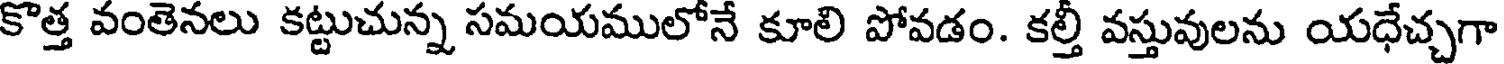
కొత్త వంతెనలు కట్టుచున్న సమయములోనే కూలి పోవడం. కల్తీ వస్తువులను యధేచ్చగా